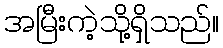
အမြီးကဲ့သို့ရှိသည်။